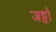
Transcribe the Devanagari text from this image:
जट्टो